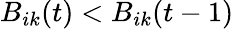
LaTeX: B_{ik}(t)<B_{ik}(t-1)